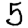
Digit: 5